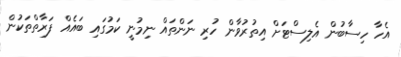
އެހާ ހިސާބުން އެލިސްޓަށް އިތުރުވާން ހުރި ނަންތައް ނިމުނީ ކަމުގައި ބައެއް ފަރާތްތަކުން